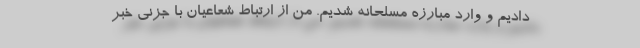
دادیم و وارد مبارزه مسلحانه شدیم. من از ارتباط شعاعیان با جزنی خبر